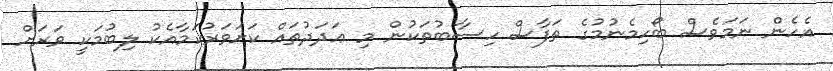
އެހެން ނަމަވެސް ބޯހިމެނުމުގެ ތަފާސް ހިސާބުތަކުން މި ޢަދަދުތައް ކަށަވަރުކަމާއެކު ލިބުމަކީ ވަރަށް